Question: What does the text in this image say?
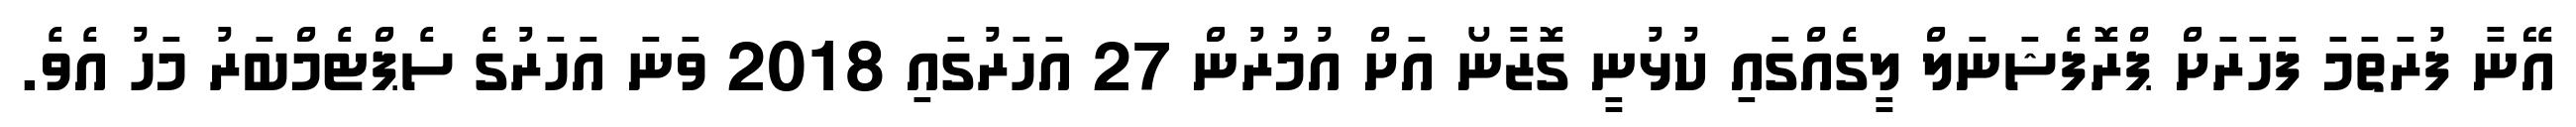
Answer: އޭނާ ފުރަތަމަ ފަހަރަށް ޕްރޮފެޝަނަލް ލީގެއްގައި ކުޅުނީ ގޮޒާނޯ އަށް އުމުރުން 27 އަހަރުގައި 2018 ވަނަ އަހަރުގެ ސެޕްޓެމްބަރު މަހު އެވެ.